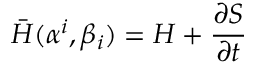
\bar { H } ( \alpha ^ { i } , \beta _ { i } ) = H + \frac { \partial S } { \partial t }